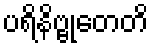
ပရိနိဗ္ဗုတေတိ